system: You are a helpful assistant.
user:
Analyze the provided spectrum to determine if it is a **M-type Giant (gM)**.

A M-type Giant spectrum is defined by its **strong molecular absorption** features, particularly from **Titanium Oxide (TiO)**. You must check for one of the following mutually exclusive signatures:

- **Key Visual Indicators (Absorption-Dominated Spectrum):**

    - **(Primary):** The spectrum is dominated by strong molecular absorption from **Titanium Oxide (TiO)**. This is the **defining feature** of its M-type temperature class.
        - **(Key Bandheads):** Look for sharp, "saw-tooth" absorption valleys. The strongest are located near **~7050 Å**, **~6160 Å**, and **~5170 Å**.
        - **(Line Profile):** The "saw-tooth" morphology is critical: a **sharp, steep drop on the BLUE (short-wavelength) side** of the bandhead, followed by a gradual recovery (rising flux) towards the RED (long-wavelength) side.

    - **(Key Confirmation - Giant vs. Dwarf):** **ABSENCE** of strong **Calcium Hydride (CaH)** molecular bands. This is the primary diagnostic for *excluding* M-dwarfs.
        - **(Key Region):** The spectrum should lack the strong, broad absorption band seen in dwarfs between **~6800 Å and ~7000 Å**.

    - **(Secondary Confirmation - Giant):** A very strong and broad **Neutral Calcium (Ca I)** atomic absorption line.
        - **(Key Line):** Located at **~4226 Å**. In a giant (gM), this line is significantly deeper and broader than the same line in an M-dwarf (dM) due to low surface gravity.

    - **(Overall Spectrum):**
        - The continuum is **extremely red-sloping** (i.e., flux is very low in the blue and rises dramatically towards the red).
        - The entire spectrum appears "chopped up" by the deep TiO bands.

Think first, call **spectral_visualization_tool** if needed to examine features in detail, then provide your final answer. Your response must adhere to the following strict rules:
1.  **Overall Structure:** Your response must follow the format `<think>...</think> <tool_call>...</tool_call> (if a tool is used) <answer>...</answer>`.
2.  **Tool Usage Constraint:** You may only make **one** tool call per turn.
3.  **Final Answer Format:** In the `<answer>` tag, your conclusion must be inside a `\boxed{}` command (e.g., `\boxed{YES}` or `\boxed{NO}`), followed by your justification.

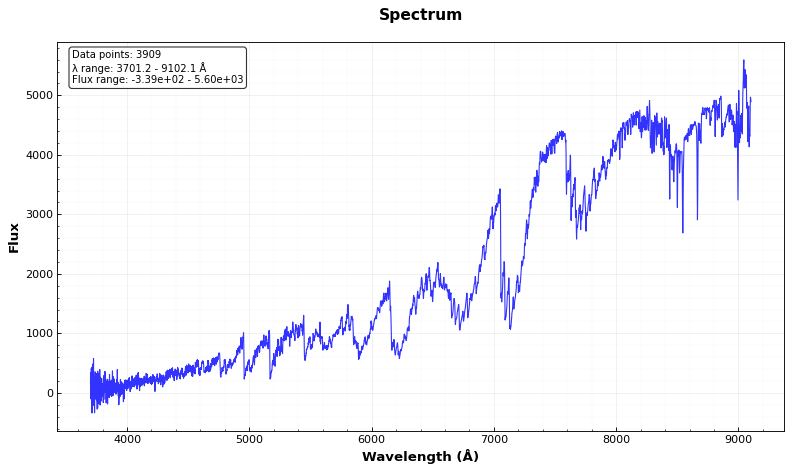
Answer: YES